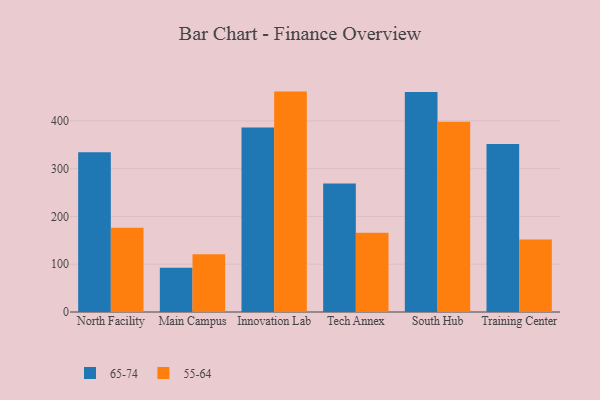
{"axis": {"x": "Campus", "y": "Bounce Rate (%)"}, "legend": ["55-64", "65-74"], "data": [{"x": "North Facility", "y": 334.4, "type": "65-74"}, {"x": "North Facility", "y": 176.3, "type": "55-64"}, {"x": "Main Campus", "y": 92.7, "type": "65-74"}, {"x": "Main Campus", "y": 120.7, "type": "55-64"}, {"x": "Innovation Lab", "y": 385.9, "type": "65-74"}, {"x": "Innovation Lab", "y": 461.2, "type": "55-64"}, {"x": "Tech Annex", "y": 268.8, "type": "65-74"}, {"x": "Tech Annex", "y": 165.8, "type": "55-64"}, {"x": "South Hub", "y": 460.6, "type": "65-74"}, {"x": "South Hub", "y": 398.0, "type": "55-64"}, {"x": "Training Center", "y": 351.8, "type": "65-74"}, {"x": "Training Center", "y": 151.5, "type": "55-64"}]}